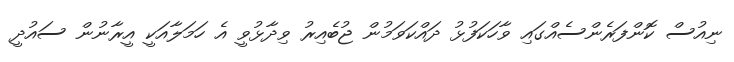
ނިއުސް ކޮންފަރެންސެއްގައި ވާހަކަފުޅު ދައްކަވަމުން ޖުބެއިރު ވިދާޅުވީ އެ ހަމަލާއަކީ އީރާނުން ސައުދީ